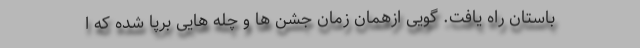
باستان راه یافت. گویی ازهمان زمان جشن ها و چله هایی برپا شده که ا